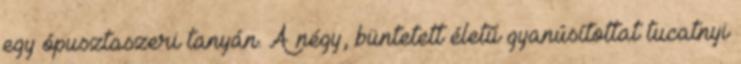
egy ópusztaszeri tanyán. A négy, büntetett életű gyanúsítottat tucatnyi